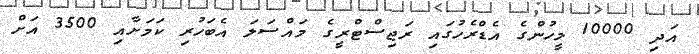
އަދި 10000 މީހުންގެ އެޑްރެހުގައި ރަޖިސްޓްރީގެ މައްސަލަ އެބަހުރި ކަމަށާއި 3500 އަށް